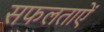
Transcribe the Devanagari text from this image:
सफलताऐं